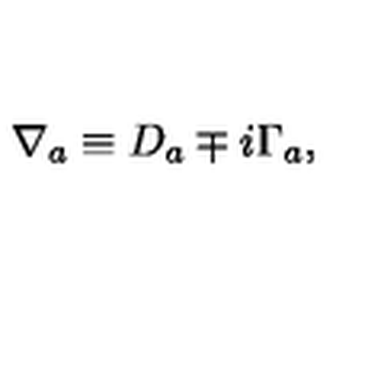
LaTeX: \nabla _ { a } \equiv D _ { a } \mp i \Gamma _ { a } ,